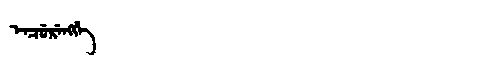
Manchu: ᡝᠨᠴᡠᡵᡝᠩᡤᡝ
Romanization: ENCURENGGE